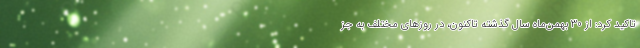
تاکید کرد: از ۳۰ بهمن‌ماه سال گذشته تاکنون، در روزهای مختلف به جز